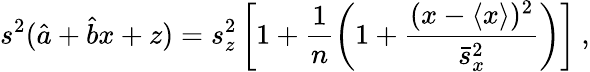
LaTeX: s^{2}(\hat{a}+\hat{b}x+z)=s_{z}^{2}\left[1+\frac{1}{n}\left(1+\frac{(x-\left\langle x\right\rangle)^{2}}{\bar{s}_{x}^{2}}\right)\right]\: ,